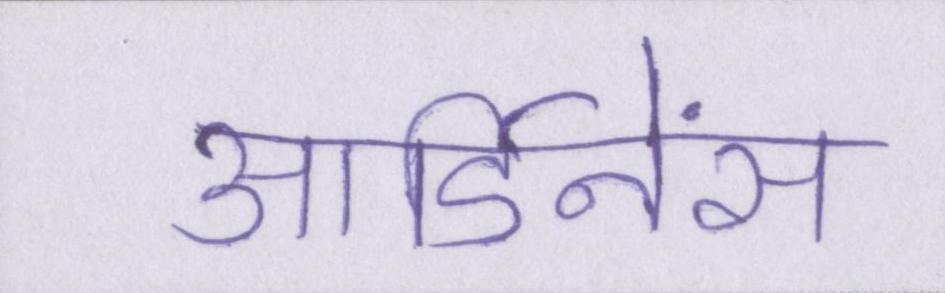
आर्डिनेंस